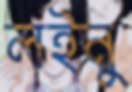
লইনু